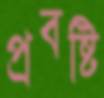
প্রবষ্টি